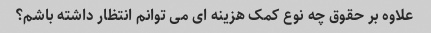
علاوه بر حقوق چه نوع کمک هزینه ای می توانم انتظار داشته باشم؟